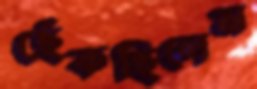
ছেঁকছিলেম